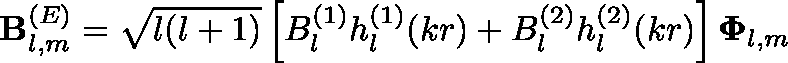
\mathbf { B } _ { l , m } ^ { ( E ) } = { \sqrt { l ( l + 1 ) } } \left[ B _ { l } ^ { ( 1 ) } h _ { l } ^ { ( 1 ) } ( k r ) + B _ { l } ^ { ( 2 ) } h _ { l } ^ { ( 2 ) } ( k r ) \right] \mathbf { \Phi } _ { l , m }